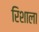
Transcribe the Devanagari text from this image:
रिशाला